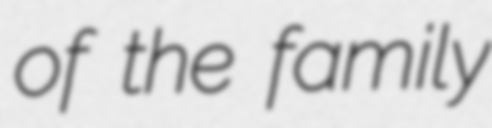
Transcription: of the family